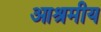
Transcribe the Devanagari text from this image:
आश्रमीय